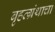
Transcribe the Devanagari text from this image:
बृहत्ग्रंथाचा